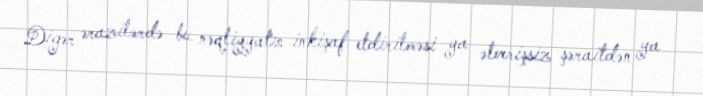
Digər ərazilərdə bu nəqliyyatın inkişaf etdirilməsi ya əlverişsiz şəraitdən ya